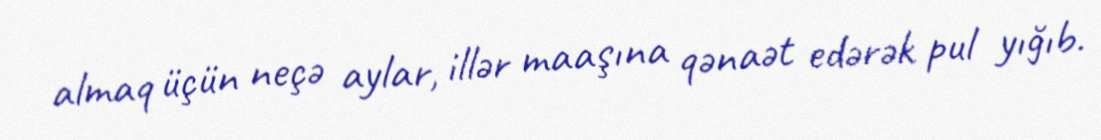
almaq üçün neçə aylar, illər maaşına qənaət edərək pul yığıb.